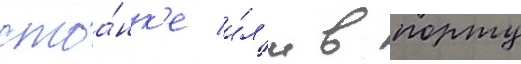
стоа́нк'е и́л'и в порту